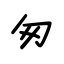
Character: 匆